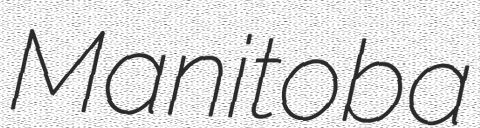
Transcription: Manitoba